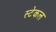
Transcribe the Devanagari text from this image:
स्टेकल